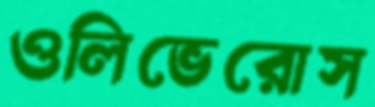
ওলিভেরোস